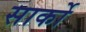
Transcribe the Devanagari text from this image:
सार्को